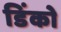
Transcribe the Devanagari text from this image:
डिंको